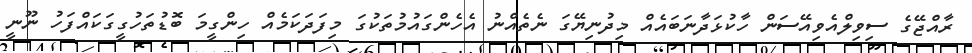
ރާއްޖޭގެ ސިވިލްއެވިއޭސަން ހާކުޅަދާނަބައެއް މިދުނިޔޭގަ ނެތެއްނު އެހެންގައުމުތަކުގަ މިފަދަކަމެއް ހިންގީމަ ބޮޑުތަހުގީގަކައްފަހު ނޫނީ